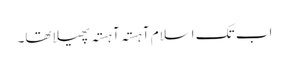
اب تک اسلام آہستہ آہستہ پھیلا تھا۔